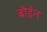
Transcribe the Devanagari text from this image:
बोईन